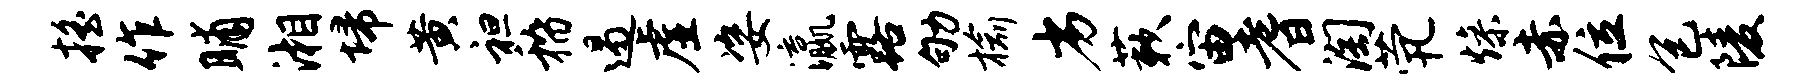
摇作晡湘埽黄袒稽遏虚姿瀛露劬榆劣蔌宙耆淘茕燥赤位包陵